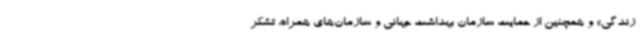
زندگی» و همچنین از حمایت سازمان بهداشت جهانی و سازمان‌های همراه، تشکر